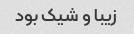
زیبا و شیک بود